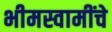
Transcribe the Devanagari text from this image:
भीमस्वामींचे